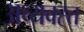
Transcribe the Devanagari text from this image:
अव्यवह्त